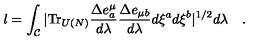
l = \int _ { \cal C } | \mathrm { T r } _ { U ( N ) } { \frac { \Delta e _ { a } ^ { \mu } } { d \lambda } } { \frac { \Delta e _ { \mu b } } { d \lambda } } d \xi ^ { a } d \xi ^ { b } | ^ { 1 / 2 } d \lambda \quad .